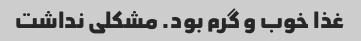
غذا خوب و گرم بود. مشکلی نداشت